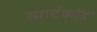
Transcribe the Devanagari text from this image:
स्मार्टकोड